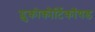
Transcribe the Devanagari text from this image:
ग्लुकोकौर्टिकॉयड